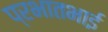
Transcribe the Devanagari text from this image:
प्रभातभाई